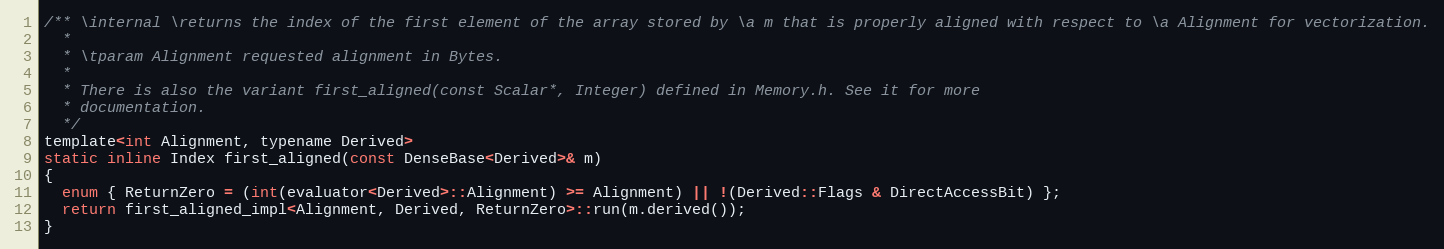
Language: C
/** \internal \returns the index of the first element of the array stored by \a m that is properly aligned with respect to \a Alignment for vectorization.
  *
  * \tparam Alignment requested alignment in Bytes.
  *
  * There is also the variant first_aligned(const Scalar*, Integer) defined in Memory.h. See it for more
  * documentation.
  */
template<int Alignment, typename Derived>
static inline Index first_aligned(const DenseBase<Derived>& m)
{
  enum { ReturnZero = (int(evaluator<Derived>::Alignment) >= Alignment) || !(Derived::Flags & DirectAccessBit) };
  return first_aligned_impl<Alignment, Derived, ReturnZero>::run(m.derived());
}